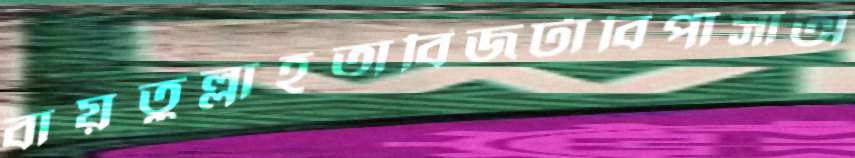
বায়তুল্লাহতাবিজটাবিপাসাঅ